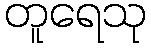
တူရေသု